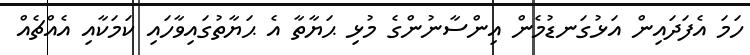
ހަމަ އެފަދައިން އަޅުގަނޑުމެން އިންސާނުންގެ މުޅި ޙަޔާތާ އެ ޙަޔާތުގައިވާހައި ކަމަކާއި އެއްޗެއް